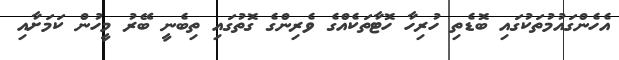
އެހެންގައުމުތަކުގައި ބޮޑެތި ހުރިހާ ހޮޓާތަކެއްގެ ވެރިންގެ ގޮތުގައި ތިބެނީ ބޭރު މީހުން ކަމަށާއި